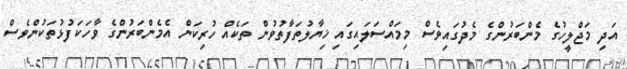
އަދި މަޖްލީހުގެ މެންބަރުންގެ މެދުގައިވެސް މިމައްސަލައިގައި ޚިޔާލުތަފާތުވުން ތަކެއް ހުރިކަން އެމެންބަރުންގެ ވާހަކަފުޅުތަކުންވެސް